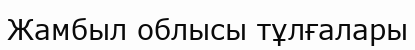
Жамбыл облысы тұлғалары